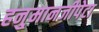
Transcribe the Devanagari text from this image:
हनु्मानजीपेटा